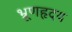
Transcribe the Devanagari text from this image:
भ्रूणहृदय